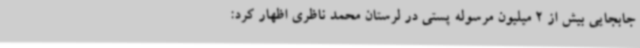
جابجایی بیش از 2 میلیون مرسوله پستی در لرستان محمد ناظری اظهار کرد: